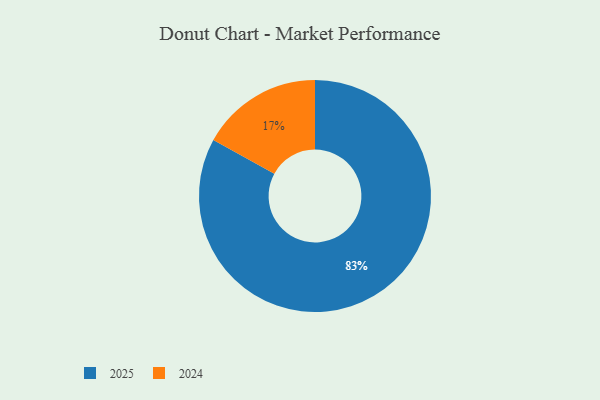
{"axis": {"x": "Category", "y": "Percentage"}, "legend": ["2024", "2025"], "data": [{"x": "2025", "y": 83, "type": "2025"}, {"x": "2024", "y": 17, "type": "2024"}]}